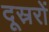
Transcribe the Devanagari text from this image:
दूस्ररों